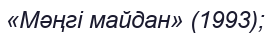
«Мәңгі майдан» (1993);